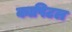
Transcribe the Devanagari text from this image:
कापिटल